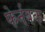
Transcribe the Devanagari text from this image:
फेर्नबक